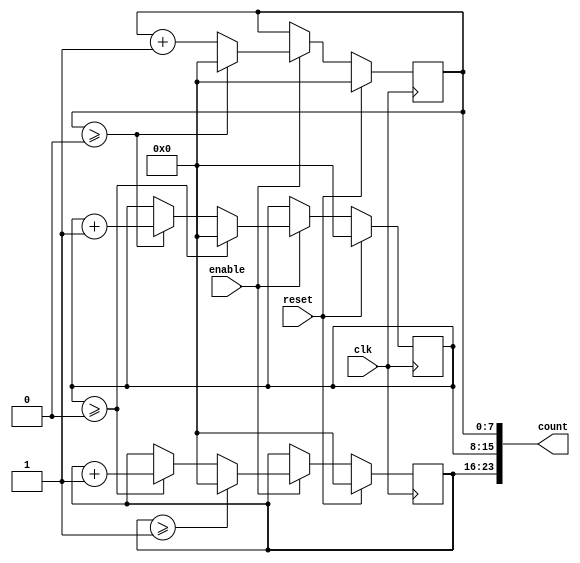
module mixed_radix_counter #(
    parameter NUM_DIGITS = 3,
    parameter [NUM_DIGITS*8-1:0] RADIXES = {8'd2, 8'd3, 8'd4} // Example: 2, 3, 4
)(
    input wire clk,
    input wire reset,
    input wire enable,
    output reg [NUM_DIGITS*8-1:0] count // Each digit can be represented as 8 bits
);

    reg [7:0] counters [0:NUM_DIGITS-1]; // Array to hold the counters for each digit

    integer i;

    // Initialize the counters
    initial begin
        for (i = 0; i < NUM_DIGITS; i = i + 1) begin
            counters[i] = 0;
        end
    end

    always @(posedge clk) begin
        if (reset) begin
            // Reset all counters to zero
            for (i = 0; i < NUM_DIGITS; i = i + 1) begin
                counters[i] <= 0;
            end
        end else if (enable) begin
            // Increment the least significant digit
            counters[0] <= counters[0] + 1;

            // Handle cascading overflow
            for (i = 0; i < NUM_DIGITS; i = i + 1) begin
                if (counters[i] >= RADIXES[i]) begin
                    counters[i] <= 0; // Reset current digit
                    if (i < NUM_DIGITS - 1) begin
                        counters[i + 1] <= counters[i + 1] + 1; // Increment next digit
                    end
                end
            end
        end
    end

    // Assign output count
    always @* begin
        count = {counters[NUM_DIGITS-1], counters[NUM_DIGITS-2], counters[NUM_DIGITS-3]};
    end

endmodule